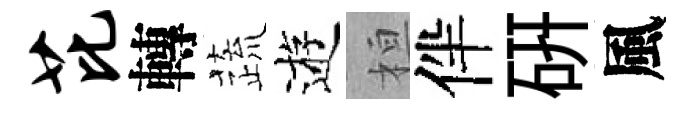
芘轉蔬逰桓伴硏風